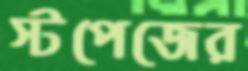
স্টপেজের